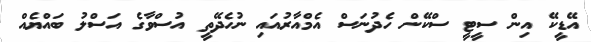
އޭޑީކޭ އިން ސީޓީ ސްކޭން ހެދުނަސް އެމްއާރުއައި ނުހެދޭތީ އުސްވާގެ އަސްލު ބައްޔެއް